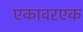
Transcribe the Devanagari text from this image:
एकावरएक